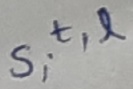
Text: S,t,l